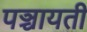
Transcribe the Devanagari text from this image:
पञ्चायती